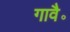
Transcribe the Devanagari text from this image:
गावै॰